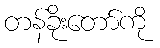
တန်ခိုးတော်ကို